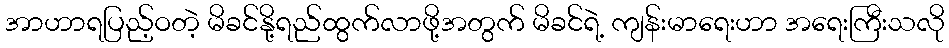
အာဟာရပြည့်ဝတဲ့ မိခင်နို့ရည်ထွက်လာဖို့အတွက် မိခင်ရဲ့ ကျန်းမာရေးဟာ အရေးကြီးသလို